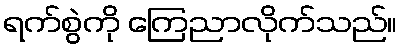
ရက်စွဲကို ကြေညာလိုက်သည်။